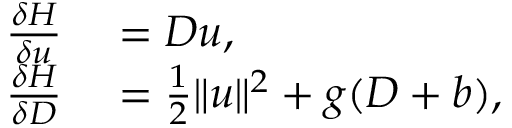
\begin{array} { r l } { \frac { \delta H } { \delta u } } & { { } = D u , } \\ { \frac { \delta H } { \delta D } } & { { } = \frac { 1 } { 2 } \| u \| ^ { 2 } + g ( D + b ) , } \end{array}